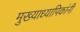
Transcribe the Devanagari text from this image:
मुख्याध्यापिकांनी